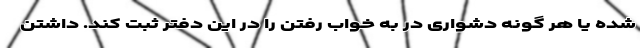
شده یا هر گونه دشواری در به خواب رفتن را در این دفتر ثبت کند. داشتن